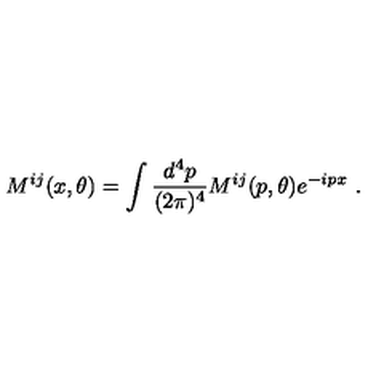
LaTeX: M ^ { i j } ( x , \theta ) = \int { \frac { d ^ { 4 } p } { ( 2 \pi ) ^ { 4 } } } M ^ { i j } ( p , \theta ) e ^ { - i p x } \ .